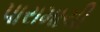
પારામાચી